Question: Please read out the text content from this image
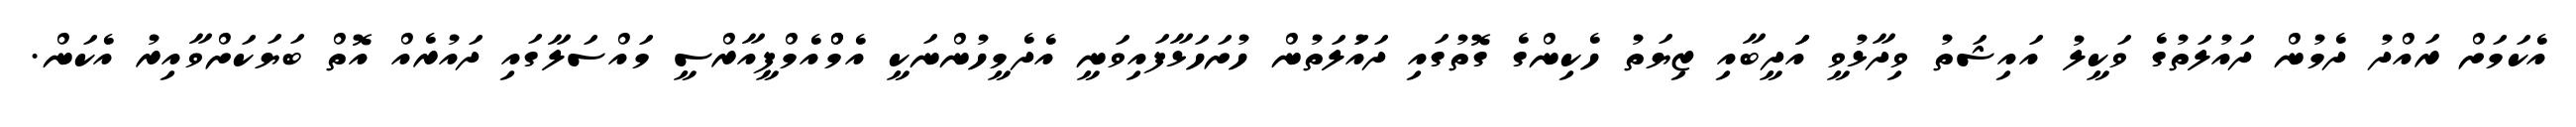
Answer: އެކަމަށް ރައްދު ދެމުން ދައުލަތުގެ ވަކީލު އައިޝަތު ވިދާޅުވީ އަަދީބާއި ޒިޔަތު ހެކިންގެ ގޮތުގައި ދައުަލަތުން ހުށަހަޅާފައިވަނީ އެދެމީހުންނަކީ އެމްްއެމްޕީއާރްސީ މައްސަލާގައި ދައުރެއް އޮތް ބަޔަކަށްވާއިރު އެކަން.